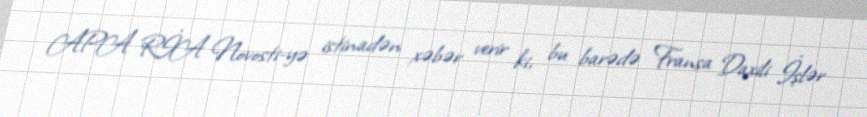
APA RİA Novosti-yə istinadən xəbər verir ki, bu barədə Fransa Daxili İşlər